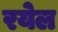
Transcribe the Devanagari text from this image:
रयेल